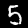
Digit: 5